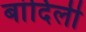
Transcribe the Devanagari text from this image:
बांदिली